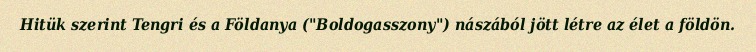
Hitük szerint Tengri és a Földanya ("Boldogasszony") nászából jött létre az élet a földön.